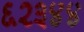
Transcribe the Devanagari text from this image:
६२३४४